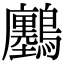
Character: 𪇮